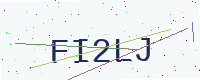
Text: FI2LJ